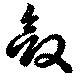
斂